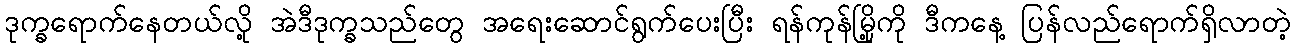
ဒုက္ခရောက်နေတယ်လို့ အဲဒီဒုက္ခသည်တွေ အရေးဆောင်ရွက်ပေးပြီး ရန်ကုန်မြို့ကို ဒီကနေ့ ပြန်လည်ရောက်ရှိလာတဲ့